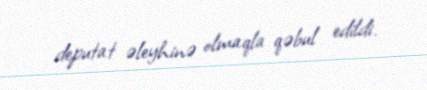
deputat əleyhinə olmaqla qəbul edildi.